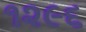
૧૨૯૬